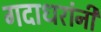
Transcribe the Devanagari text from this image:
गदाधरांनी